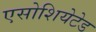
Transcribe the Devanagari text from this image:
एसोशियेटेड